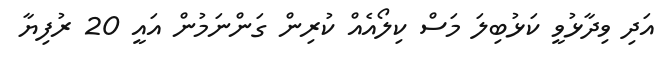
އަދި ވިދާޅުވީ ކަޅުބިލަ މަސް ކިލޯއެއް ކުރިން ގަންނަމުން އައީ 20 ރުފިޔާ